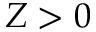
Z > 0